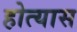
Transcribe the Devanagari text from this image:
होत्यास